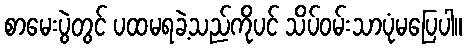
စာမေးပွဲတွင် ပထမရခဲ့သည်ကိုပင် သိပ်ဝမ်းသာပုံမပြေပါ။